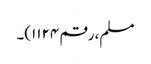
مسلم، رقم ۱۱۲۴)۔